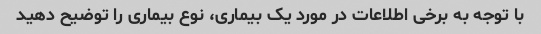
با توجه به برخی اطلاعات در مورد یک بیماری، نوع بیماری را توضیح دهید